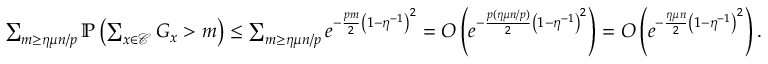
\begin{array} { r } { \sum _ { m \geq \eta \mu n / p } \mathbb { P } \left( \sum _ { x \in \mathcal C } G _ { x } > m \right) \leq \sum _ { m \geq \eta \mu n / p } e ^ { - \frac { p m } { 2 } \left( 1 - \eta ^ { - 1 } \right) ^ { 2 } } = O \left( e ^ { - \frac { p ( \eta \mu n / p ) } { 2 } \left( 1 - \eta ^ { - 1 } \right) ^ { 2 } } \right) = O \left( e ^ { - \frac { \eta \mu n } { 2 } \left( 1 - \eta ^ { - 1 } \right) ^ { 2 } } \right) . } \end{array}